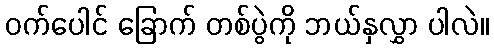
ဝက်ပေါင် ခြောက် တစ်ပွဲကို ဘယ်နှလွှာ ပါလဲ။